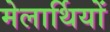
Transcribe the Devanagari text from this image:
मेलार्थियों